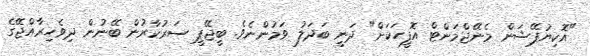
"އޮކިޔުޕޭޝަން މެނޭޖްމަންޓް އޮފީހަކަށް" ދަނީ ބަދަލު ވަމުންނެވެ. ބީޖޭޕީ ސަރުކާރުން ބޭނުން ދިވެހިރާއްޖޭގެ